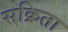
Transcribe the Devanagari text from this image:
सक्रिता